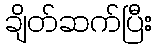
ချိတ်ဆက်ပြီး